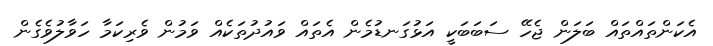
އެކަންތައްތައް ބަލަން ޖެހޭ ސަބަބަކީ އަޅުގަނޑުމެން އެތައް ވައުދުތަކެއް ވަމުން ވެރިކަމާ ހަވާލުވެގެން